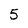
Character: 5